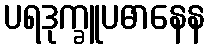
ပရဒုက္ခူပဓာနေန